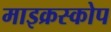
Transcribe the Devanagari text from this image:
माइक्रस्कोप